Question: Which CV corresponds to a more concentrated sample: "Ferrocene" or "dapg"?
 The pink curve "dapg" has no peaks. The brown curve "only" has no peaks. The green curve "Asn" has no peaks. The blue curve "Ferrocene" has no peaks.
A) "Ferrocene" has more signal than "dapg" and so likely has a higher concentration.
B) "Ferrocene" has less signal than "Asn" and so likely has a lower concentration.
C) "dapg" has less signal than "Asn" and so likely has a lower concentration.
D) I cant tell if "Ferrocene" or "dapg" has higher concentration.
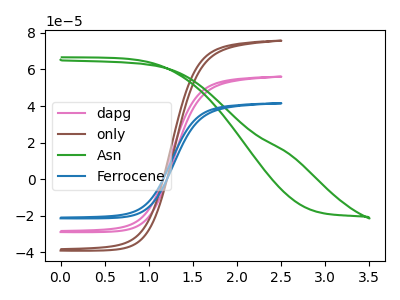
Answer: <think>Neither "Ferrocene" or "dapg" have any peaks.
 </think>
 <answer>D) I cant tell if "Ferrocene" or "dapg" has higher concentration.</answer>
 <eval>D</eval>